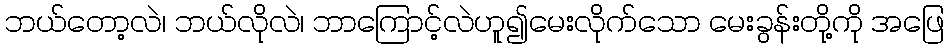
ဘယ်တော့လဲ၊ ဘယ်လိုလဲ၊ ဘာကြောင့်လဲဟူ၍မေးလိုက်သော မေးခွန်းတို့ကို အဖြေ